Anatomy and histology of ticks - Number 23
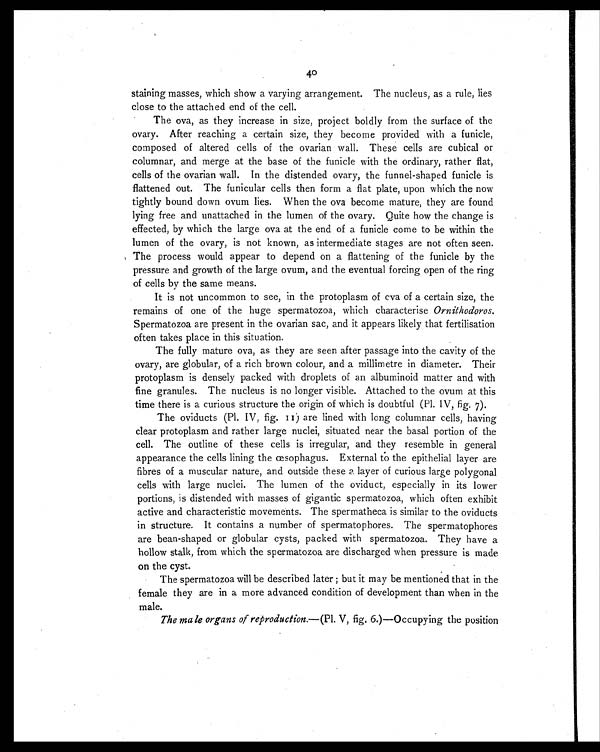
40
staining masses, which show a varying arrangement. The nucleus, as a rule, lies
close to the attached end of the cell.
The ova, as they increase in size, project boldly from the surface of the
ovary. After reaching a certain size, they become provided with a funicle,
composed of altered cells of the ovarian wall. These cells are cubical or
columnar, and merge at the base of the funicle with the ordinary, rather flat,
cells of the ovarian wall. In the distended ovary, the funnel-shaped funicle is
flattened out. The funicular cells then form a flat plate, upon which the now
tightly bound down ovum lies. When the ova become mature, they are found
lying free and unattached in the lumen of the ovary. Quite how the change is
effected, by which the large ova at the end of a funicle come to be within the
lumen of the ovary, is not known, as intermediate stages are not often seen.
The process would appear to depend on a flattening of the funicle by the
pressure and growth of the large ovum, and the eventual forcing open of the ring
of cells by the same means.
It is not uncommon to see, in the protoplasm of ova of a certain size, the
remains of one of the huge spermatozoa, which characterise Ornithodoros.
Spermatozoa are present in the ovarian sac, and it appears likely that fertilisation
often takes place in this situation.
The fully mature ova, as they are seen after passage into the cavity of the
ovary, are globular, of a rich brown colour, and a millimetre in diameter. Their
protoplasm is densely packed with droplets of an albuminoid matter and with
fine granules. The nucleus is no longer visible. Attached to the ovum at this
time there is a curious structure the origin of which is doubtful (Pl. IV, fig. 7).
The oviducts (Pl. IV, fig. 11) are lined with long columnar cells, having
clear protoplasm and rather large nuclei, situated near the basal portion of the
cell. The outline of these cells is irregular, and they resemble in general
appearance the cells lining the œsophagus. External to the epithelial layer are
fibres of a muscular nature, and outside these a layer of curious large polygonal
cells with large nuclei. The lumen of the oviduct, especially in its lower
portions, is distended with masses of gigantic spermatozoa, which often exhibit
active and characteristic movements. The spermatheca is similar to the oviducts
in structure. It contains a number of spermatophores. The spermatophores
are bean-shaped or globular cysts, packed with spermatozoa. They have a
hollow stalk, from which the spermatozoa are discharged when pressure is made
on the cyst.
The spermatozoa will be described later ; but it may be mentioned that in the
female they are in a more advanced condition of development than when in the
male.
The male organs of reproduction. —(Pl. V, fig. 6.)—Occupying the position